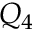
Q _ { 4 }